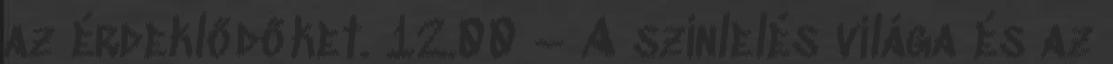
az érdeklődőket. 12.00 – A színlelés világa és az